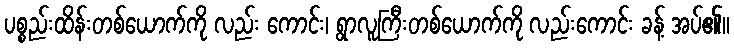
ပစ္စည်းထိန်းတစ်ယောက်ကို လည်း ကောင်း၊ ရွာလူကြီးတစ်ယောက်ကို လည်းကောင်း ခန့် အပ်၏။